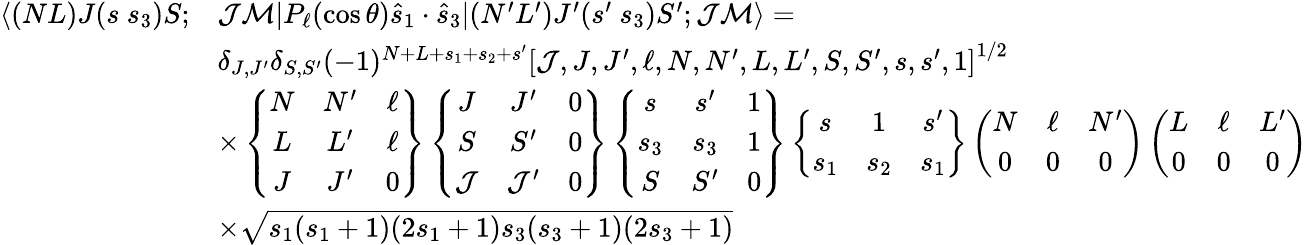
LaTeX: \begin{array}{rl}{\langle(NL)J(s~s_{3})S;}&{\mathcal{J}\mathcal{M}|P_{\ell}(\cos\theta)\hat{s}_{1}\cdot\hat{s}_{3}|(N^{\prime}L^{\prime})J^{\prime}(s^{\prime}~s_{3})S^{\prime};\mathcal{J}\mathcal{M}\rangle=}\\ &{\delta_{J,J^{\prime}}\delta_{S,S^{\prime}}(-1)^{N+L+s_{1}+s_{2}+s^{\prime}}\left[\mathcal{J},J,J^{\prime},\ell,N,N^{\prime},L,L^{\prime},S,S^{\prime},s,s^{\prime},1\right]^{1/2}}\\ &{\times\left\{ \begin{array}{ccc}{N}&{N^{\prime}}&{\ell}\\ {L}&{L^{\prime}}&{\ell}\\ {J}&{J^{\prime}}&{0}\end{array}\right\} \left\{ \begin{array}{ccc}{J}&{J^{\prime}}&{0}\\ {S}&{S^{\prime}}&{0}\\ {\mathcal{J}}&{\mathcal{J}^{\prime}}&{0}\end{array}\right\} \left\{ \begin{array}{ccc}{s}&{s^{\prime}}&{1}\\ {s_{3}}&{s_{3}}&{1}\\ {S}&{S^{\prime}}&{0}\end{array}\right\} \left\{ \begin{array}{ccc}{s}&{1}&{s^{\prime}}\\ {s_{1}}&{s_{2}}&{s_{1}}\end{array}\right\} \left(\begin{array}{ccc}{N}&{\ell}&{N^{\prime}}\\ {0}&{0}&{0}\end{array}\right)\left(\begin{array}{ccc}{L}&{\ell}&{L^{\prime}}\\ {0}&{0}&{0}\end{array}\right)}\\ &{\times\sqrt{s_{1}(s_{1}+1)(2s_{1}+1)s_{3}(s_{3}+1)(2s_{3}+1)}}\end{array}